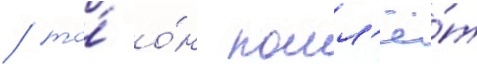
/ то́ о́н пошл'ё́т